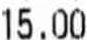
15.00